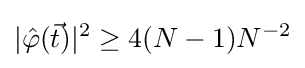
|{\hat {\varphi }}({\vec {t}})|^{2}\geq 4(N-1)N^{-2}